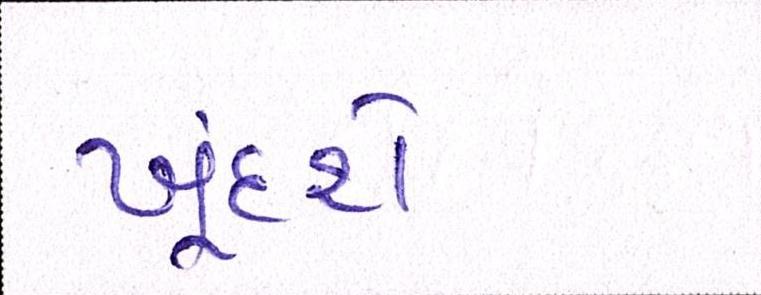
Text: ખૂંદશે